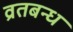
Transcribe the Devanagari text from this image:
व्रतबन्ध